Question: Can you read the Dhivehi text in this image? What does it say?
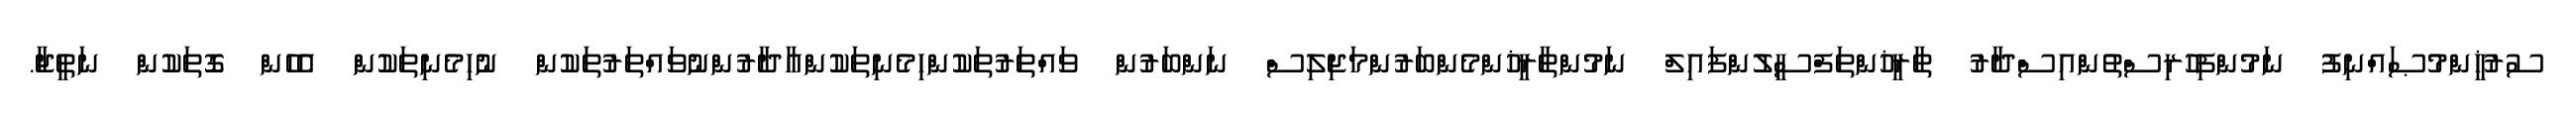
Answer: ސުރުޚީންމުޞައްނިފު ނަމުންފިހުރިސްތުންއިސްދާރު ތާރީޚުންތަފްސީލުންފައިލް ނަމުންތާރީޚުންމެންބަރުންމަޖިލިސް ނަންބަރުން ވައްތަރުތަކުންހިމެނިތަކުންއާދާރުންނުވައްތަރުތަކުން ނުހިމެނިތަކުން އެހެން ގޮތަކުން ނަތީޖާ.